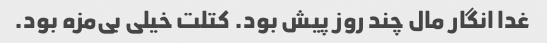
غدا انگار مال چند روز پیش بود. کتلت خیلی بی‌مزه بود.